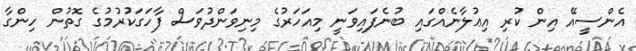
އެންސީއޭ އިން ކުރި އިޢުލާނެއްގައި ބުނެފައިވަނީ މިއަހަރުގެ މިނިވަންދުވަސް ފާހަގަކުރުމުގެ ގޮތުން ހިންގާ